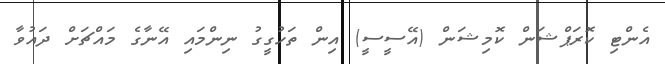
އެންޓި ކޮރަޕްޝަން ކޮމިޝަން (އޭސީސީ) އިން ތަހުގީގު ނިންމައި އޭނާގެ މައްޗަށް ދައުވާ